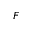
\boldsymbol { F }